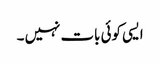
ایسی کوئی بات نہیں ۔